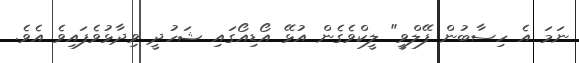
ނަމަ އެ ހިސާބުން ފޭލްވީ" ލީކްވެގެން އުޅޭ އޯޑިއޯގައި ޝަހުދީ ވިދާޅުވެފައިވެ އެވެ.